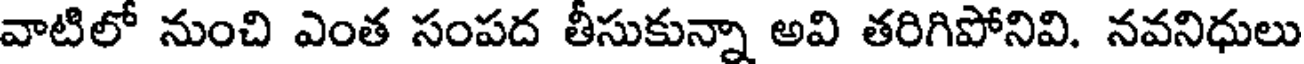
వాటిలో నుంచి ఎంత సంపద తీసుకున్నా అవి తరిగిపోనివి. నవనిధులు